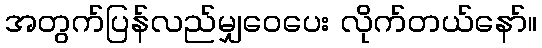
အတွက်ပြန်လည်မျှဝေပေး လိုက်တယ်နော်။